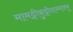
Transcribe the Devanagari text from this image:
मामट्टीकुट्टीयाम्माक्कू